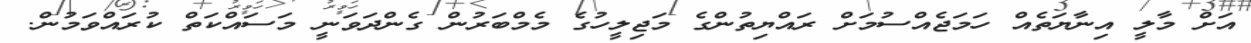
އަށް މާލީ އިނާޔަތެއް ހަމަޖެއްސުމަށް ރައްޔިތުންގެ މަޖިލީހުގެ މެމްބަރުން ގެންދަވަނީ މަަސައްކަތް ކުރައްވަމުން.